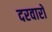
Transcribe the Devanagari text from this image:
दरवारों